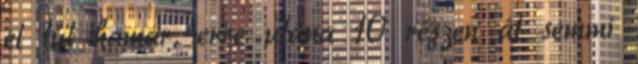
el túl hamar, erre utána 10 részen át semmi